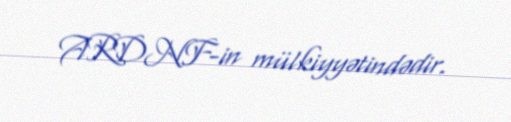
ARDNF-in mülkiyyətindədir.